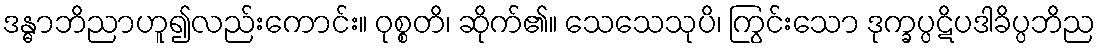
ဒန္ဓာဘိညာဟူ၍လည်းကောင်း။ ဝုစ္စတိ၊ ဆိုက်၏။ သေသေသုပိ၊ ကြွင်းသော ဒုက္ခပ္ပဋိပဒါခိပ္ပဘိည